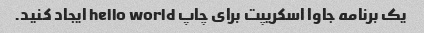
یک برنامه جاوا اسکریپت برای چاپ hello world ایجاد کنید.